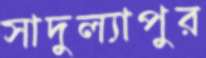
সাদুল্যাপুর